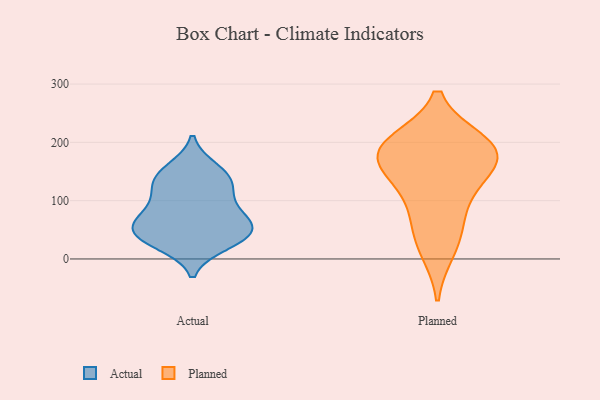
{"axis": {"x": "Customer Acquisition Cost (USD)", "y": "Value"}, "legend": ["Actual", "Planned"], "data": [{"x": "", "y": 132, "type": "Actual"}, {"x": "", "y": 124, "type": "Actual"}, {"x": "", "y": 69, "type": "Actual"}, {"x": "", "y": 36, "type": "Actual"}, {"x": "", "y": 45, "type": "Actual"}, {"x": "", "y": 154, "type": "Actual"}, {"x": "", "y": 78, "type": "Actual"}, {"x": "", "y": 38, "type": "Actual"}, {"x": "", "y": 26, "type": "Actual"}, {"x": "", "y": 105, "type": "Actual"}, {"x": "", "y": 49, "type": "Actual"}, {"x": "", "y": 145, "type": "Actual"}, {"x": "", "y": 66, "type": "Actual"}, {"x": "", "y": 16, "type": "Planned"}, {"x": "", "y": 179, "type": "Planned"}, {"x": "", "y": 50, "type": "Planned"}, {"x": "", "y": 91, "type": "Planned"}, {"x": "", "y": 196, "type": "Planned"}, {"x": "", "y": 132, "type": "Planned"}, {"x": "", "y": 153, "type": "Planned"}, {"x": "", "y": 200, "type": "Planned"}, {"x": "", "y": 177, "type": "Planned"}, {"x": "", "y": 190, "type": "Planned"}]}